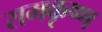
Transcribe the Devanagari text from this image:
रामकृष्‍ण